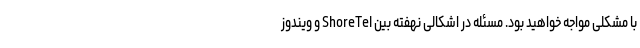
با مشکلی مواجه خواهید بود. مسئله در اشکالی نهفته بین ShoreTel و ویندوز